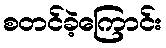
စတင်ခဲ့ကြောင်း